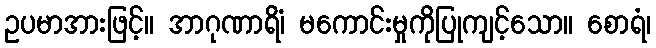
ဥပမာအားဖြင့်။ အာဂုဏာရိံ၊ မကောင်းမှုကိုပြုကျင့်သော။ စောရံ၊